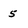
Character: 5